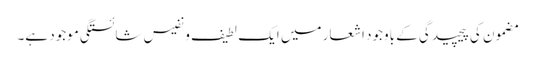
مضمون کی پیچیدگی کے باوجود اشعار میں ایک لطیف و نفیس شائستگی موجود ہے۔